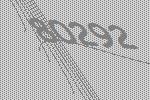
80292